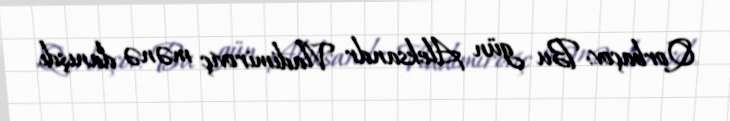
Qorbaçov: Bu gün Aleksandr Vladimiroviç mənə danışdı.